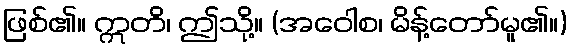
ဖြစ်၏။ ဣတိ၊ ဤသို့။ (အဝေါစ၊ မိန့်တော်မူ၏။)